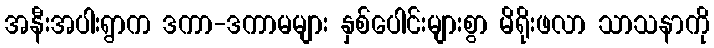
အနီးအပါးရွာက ဒကာ-ဒကာမများ နှစ်ပေါင်းများစွာ မိရိုးဖလာ သာသနာကို